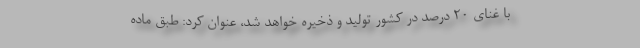
با غنای ۲۰ درصد در کشور تولید و ذخیره خواهد شد، عنوان کرد: طبق ماده